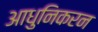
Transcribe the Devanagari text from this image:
आधुनिकरन